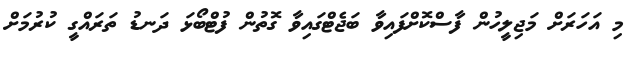
މި އަހަރަށް މަޖިލީހުން ފާސްކޮށްފައިވާ ބަޖެޓްގައިވާ ގޮތުން ފުޓްބޯޅަ ދަނޑު ތަރައްގީ ކުރުމަށް